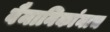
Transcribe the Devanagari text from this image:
वैमानिकांनाच